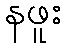
နဖူး